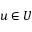
u \in U